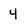
Character: 4